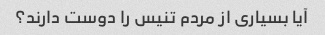
آیا بسیاری از مردم تنیس را دوست دارند؟